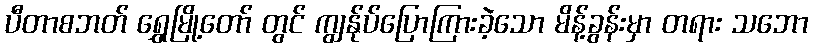
ပီတာစဘတ် ရွှေမြို့တော် တွင် ကျွန်ုပ်ပြောကြားခဲ့သော မိန့်ခွန်းမှာ တရား သဘော